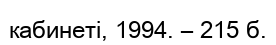
кабинеті, 1994. – 215 б.